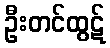
ဦးတင်ထွဋ်